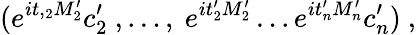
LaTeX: (e^{it,_{2}M_{2}^{\prime}}c_{2}^{\prime}\ ,\ldots,\ e^{it_{2}^{\prime}M_{2}^{\prime}}\ldots e^{it_{n}^{\prime}M_{n}^{\prime}}c_{n}^{\prime})\ ,